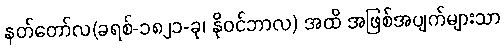
နတ်တော်လ(ခရစ်-၁၈၂၁-ခု၊ နိုဝင်ဘာလ) အထိ အဖြစ်အပျက်များသာ